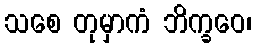
သစေ တုမှာကံ ဘိက္ခဝေ၊